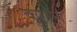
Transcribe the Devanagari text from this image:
कुसुमं